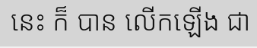
នេះ ក៏ បាន លើកឡើង ជា